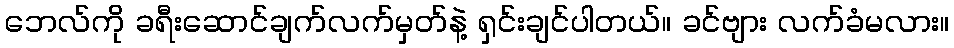
ဘေလ်ကို ခရီးဆောင်ချက်လက်မှတ်နဲ့ ရှင်းချင်ပါတယ်။ ခင်ဗျား လက်ခံမလား။